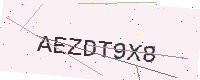
Text: AEZDT9X8